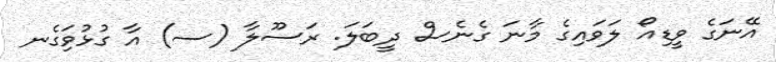
އޭނަގެ ވީޑިއޯ ލަވައިގެ މާނަ ގެނެސް ދީބަލަ. ރަސޫލާ (ސ) އާ ގުޅުވަިގެނ